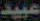
عبيد